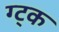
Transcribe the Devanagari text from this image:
ग्ट्क